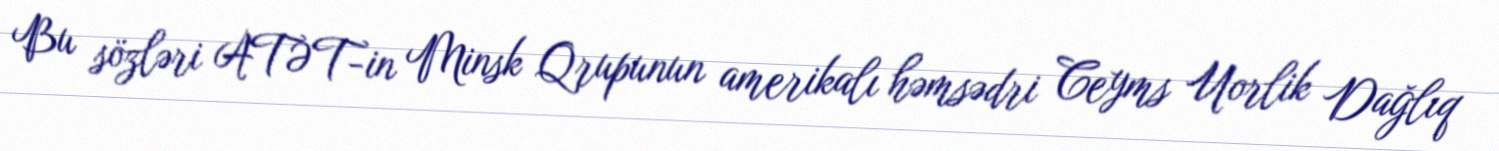
Bu sözləri ATƏT-in Minsk Qrupunun amerikalı həmsədri Ceyms Uorlik Dağlıq